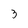
Character: 3